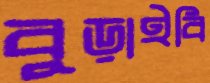
বুড়াইবি